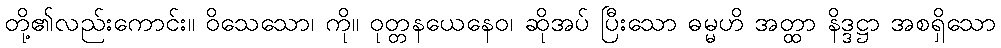
တို့၏လည်းကောင်း။ ဝိသေသော၊ ကို။ ဝုတ္တနယေနေဝ၊ ဆိုအပ် ပြီးသော ဓမ္မဟိ အတ္ထာ နိဒ္ဒဋ္ဌာ အစရှိသော